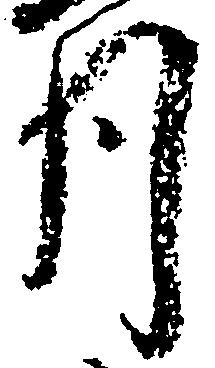
月